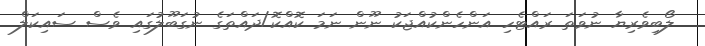
ލޯބިވެރިޔާ ނުވަތަ ރައްޓެހި އަންހެންކުއްޖަކު ނޫން ނަމަ ކޮއްކޮ/ދައްތަގެ ނުގަބޫލުގައި ވެސް ސައިކަލް